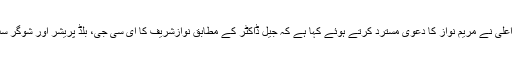
ترجمان وزیراعلیٰ نے مریم نواز کا دعویٰ مسترد کرتے ہوئے کہا ہے کہ جیل ڈاکٹر کے مطابق نوازشریف کا ای سی جی، بلڈ پریشر اور شوگر سب ٹھیک ہیں ۔